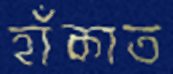
হাঁকাত